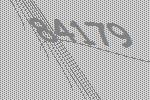
84179